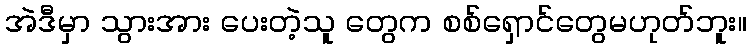
အဲဒီမှာ သွားအား ပေးတဲ့သူ တွေက စစ်ရှောင်တွေမဟုတ်ဘူး။